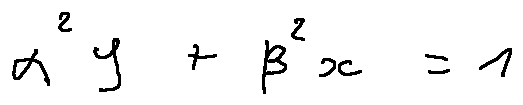
\alpha ^ { 2 } y + \beta ^ { 2 } x = 1